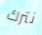
نترك